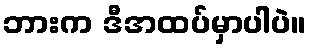
ဘားက ဒီအထပ်မှာပါပဲ။